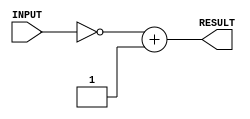
/*
Author - W M D U Thilakarathna
Reg No - E/16/366
*/

`timescale 1ns/100ps

module twosComp(INPUT, RESULT); //change this
    input [7:0] INPUT;       //declare inputs
    output reg [7:0] RESULT; //declare outputs

    always @ (INPUT)
    begin
      #1 RESULT = ~INPUT + 1; // 2s comp negative
    end

endmodule